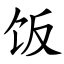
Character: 饭